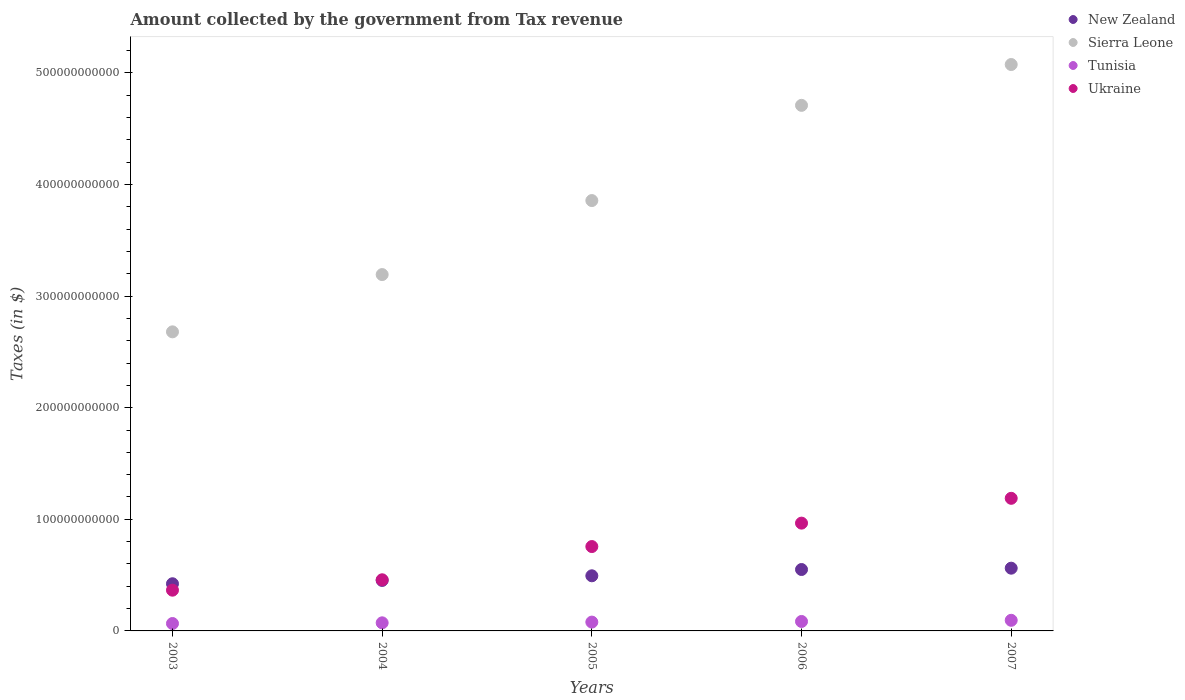
| Years | New Zealand | Sierra Leone | Tunisia | Ukraine |
 | --- | --- | --- | --- | --- |
 | 2003 | 4.23e+10 | 2.68e+11 | 6.63e+09 | 3.65e+10 |
 | 2004 | 4.52e+10 | 3.19e+11 | 7.25e+09 | 4.58e+10 |
 | 2005 | 4.94e+10 | 3.86e+11 | 7.9e+09 | 7.56e+10 |
 | 2006 | 5.5e+10 | 4.71e+11 | 8.47e+09 | 9.66e+10 |
 | 2007 | 5.62e+10 | 5.07e+11 | 9.51e+09 | 1.19e+11 |